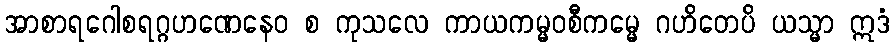
အာစာရဂေါစရဂ္ဂဟဏေနေဝ စ ကုသလေ ကာယကမ္မဝစီကမ္မေ ဂဟိတေပိ ယသ္မာ ဣဒံ